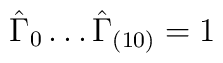
\hat{\Gamma}_0 \ldots \hat{\Gamma}_{(10)} = 1